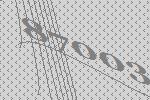
87003